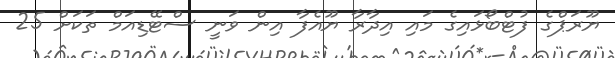
ޔޫރަޕްގެ ފުޓްބޯޅައިގެ މައި އިދާރާ ޔޫއެފާ އިން ވަނީ ސްޓޭޑިއަމް ތަކަށް 25